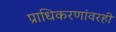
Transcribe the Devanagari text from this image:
प्राधिकरणांवरही